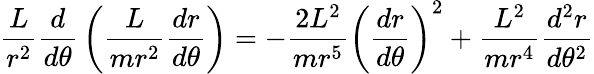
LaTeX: {\frac{L}{r^{2}}}{\frac{d}{d\theta}}\left({\frac{L}{mr^{2}}}{\frac{dr}{d\theta}}\right)=-{\frac{2L^{2}}{mr^{5}}}\left({\frac{dr}{d\theta}}\right)^{2}+{\frac{L^{2}}{mr^{4}}}{\frac{d^{2}r}{d\theta^{2}}}